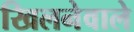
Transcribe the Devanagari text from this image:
खिलनेवाले